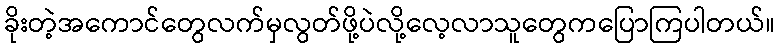
ခိုးတဲ့အကောင်တွေလက်မှလွတ်ဖို့ပဲလို့လေ့လာသူတွေကပြောကြပါတယ်။